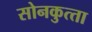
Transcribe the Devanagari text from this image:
सोनकुत्‍ता